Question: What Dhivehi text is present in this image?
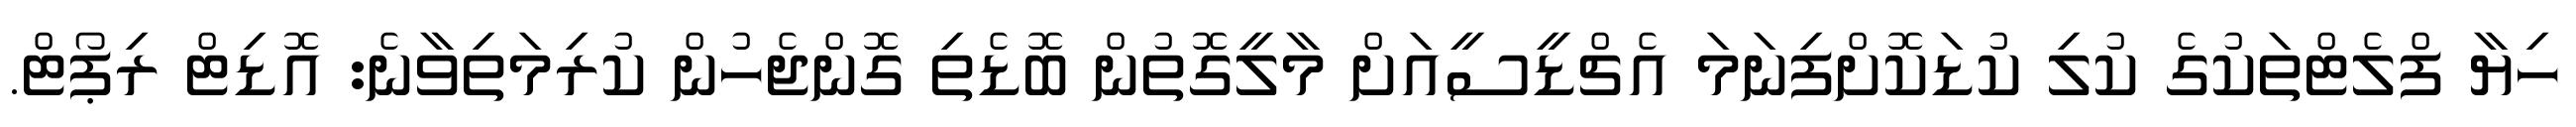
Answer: ހިޔާ ފްލެޓްތަކުގެ ކުލި ކުޑަކޮށްފިނަމަ އެޗްޑީސީއަށް މާލީގޮތުން ބޮޑެތި ގޮންޖެހުން ކުރިމަތިވާނެ: އޮޑިޓް ރިޕޯޓް.